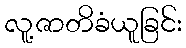
လူ့ဇာတိခံယူခြင်း